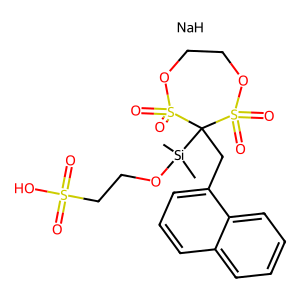
SMILES: C[Si](C)(OCCS(=O)(=O)O)C1(Cc2cccc3ccccc23)S(=O)(=O)OCCOS1(=O)=O.[NaH]
Inhibits HIV replication: No